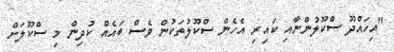
"އިހައްދޫ ސްކޫލުންނާއި ކައިރި އެހެން ސްކޫލުތަކުން ވެސް ބައެއް ކުދިން މި ސްކޫލަށް